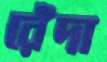
রেঁদা